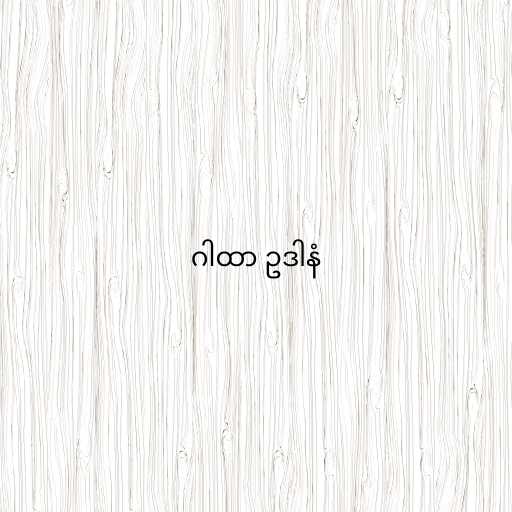
ဂါထာ ဥဒါနံ